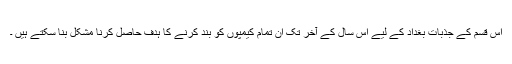
اس قسم کے جذبات بغداد کے لیے اس سال کے آخر تک ان تمام کیمپوں کو بند کرنے کا ہدف حاصل کرنا مشکل بنا سکتے ہیں ۔